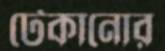
টেকানোর